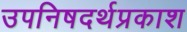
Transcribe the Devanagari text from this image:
उपनिषदर्थप्रकाश